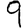
Digit: 9